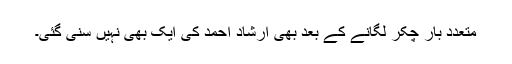
متعدد بار چکر لگانے کے بعد بھی ارشاد احمد کی ایک بھی نہیں سنی گئی۔